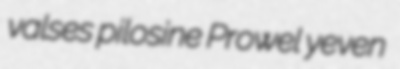
valses pilosine Prowel yeven